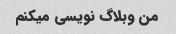
من وبلاگ نویسی میکنم